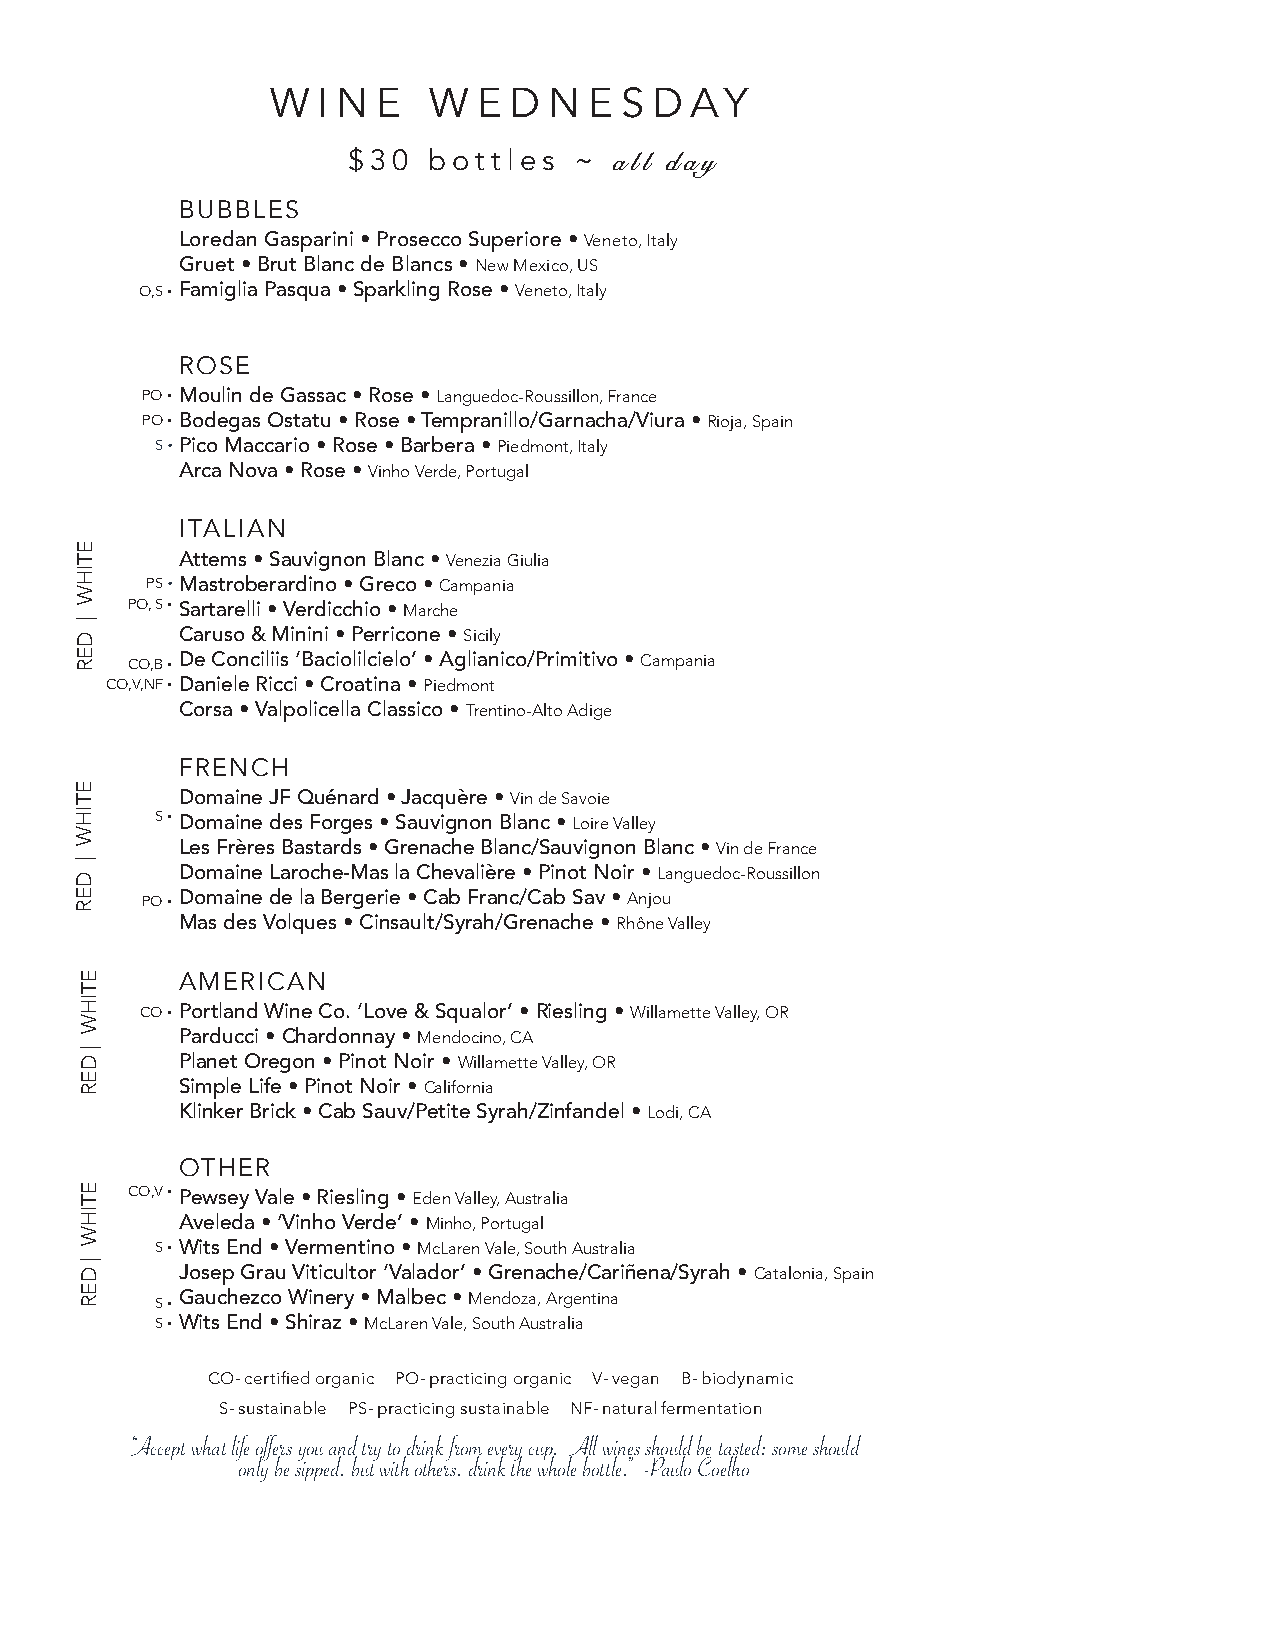
W  I N E  W   E D N  E S D  AY
 $30  bot  tles ~
 all day
 BUBBLES
 Loredan Gasparini • Prosecco Superiore • Veneto, Italy
 Gruet • Brut Blanc de Blancs • New Mexico, US
 O,S • Famiglia Pasqua • Sparkling Rose • Veneto, Italy
 ROSE
 PO • Moulin de Gassac • Rose • Languedoc-Roussillon, France
 PO • Bodegas Ostatu • Rose • Tempranillo/Garnacha/Viura • Rioja, Spain
 S • Pico Maccario • Rose • Barbera • Piedmont, Italy
 Arca Nova • Rose • Vinho Verde, Portugal
 ITALIAN
 Attems • Sauvignon Blanc • Venezia Giulia
 PS • Mastroberardino • Greco • Campania
 PO, S • Sartarelli • Verdicchio • Marche
 Caruso & Minini • Perricone • Sicily
 CO,B • De Conciliis ‘Baciolilcielo’ • Aglianico/Primitivo • Campania
 CO,V,NF • Daniele Ricci • Croatina • Piedmont
 Corsa • Valpolicella Classico • Trentino-Alto Adige
 FRENCH
 Domaine JF Quénard • Jacquère • Vin de Savoie
 S • Domaine des Forges • Sauvignon Blanc • Loire Valley
 Les Frères Bastards • Grenache Blanc/Sauvignon Blanc • Vin de France
 Domaine Laroche-Mas la Chevalière • Pinot Noir • Languedoc-Roussillon
 PO • Domaine de la Bergerie • Cab Franc/Cab Sav • Anjou
 Mas des Volques • Cinsault/Syrah/Grenache • Rhône Valley
 AMERICAN
 CO • Portland Wine Co. ‘Love & Squalor’ • Riesling • Willamette Valley, OR
 Parducci • Chardonnay • Mendocino, CA
 Planet Oregon • Pinot Noir • Willamette Valley, OR
 Simple Life • Pinot Noir • California
 Klinker Brick • Cab Sauv/Petite Syrah/Zinfandel • Lodi, CA
 OTHER
 CO,V • Pewsey Vale • Riesling • Eden Valley, Australia
 Aveleda • ‘Vinho Verde’ • Minho, Portugal
 S • Wits End • Vermentino • McLaren Vale, South Australia
 Josep Grau Viticultor ‘Valador’ • Grenache/Cariñena/Syrah • Catalonia, Spain
 S • Gauchezco Winery • Malbec • Mendoza, Argentina
 S • Wits End • Shiraz • McLaren Vale, South Australia
 CO- certified organic PO- practicing organic V- vegan B- biodynamic
 S- sustainable PS- practicing sustainable NF- natural fermentation
 “Accept what life offers you and try to drink from every cup. All wines should be tasted; some should
 only be sipped, but with others, drink the whole bottle.” -Paulo Coelho
 ETIHW
 |
 DER
 ETIHW
 |
 DER
 ETIHW
 |
 DER
 ETIHW
 |
 DER